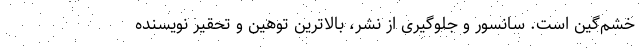
خشم‌گین است. سانسور و جلوگیری از نشر، بالاترین توهین و تحقیر نویسنده